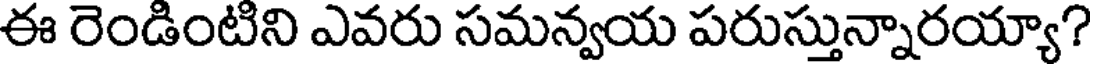
ఈ రెండింటిని ఎవరు సమన్వయ పరుస్తున్నారయ్యా?